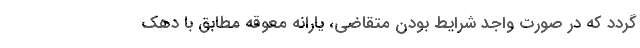
گردد که در صورت واجد شرایط بودن متقاضی، یارانه معوقه مطابق با دهک